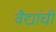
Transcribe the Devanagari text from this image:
वैद्यांची